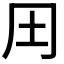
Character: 𱖆